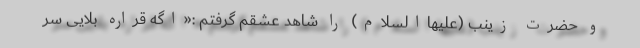
و حضرت زینب (علیهاالسلام) را شاهد عشقم گرفتم :«اگه قراره بلایی سر